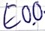
Text: E0.0